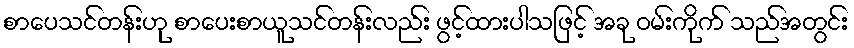
စာပေသင်တန်းဟု စာပေးစာယူသင်တန်းလည်း ဖွင့်ထားပါသဖြင့် အခု ဝမ်းကိုက် သည်အတွင်း